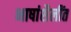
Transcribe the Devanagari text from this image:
भाषांशैलींत